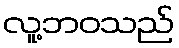
လူ့ဘဝသည်